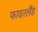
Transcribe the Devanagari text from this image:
फादरलैंड